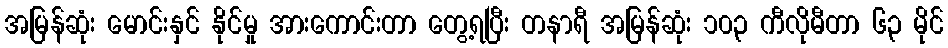
အမြန်ဆုံး မောင်းနှင် နိုင်မှု အားကောင်းတာ တွေ့ရပြီး တနာရီ အမြန်ဆုံး ၁၀၃ ကီလိုမီတာ ၆၃ မိုင်